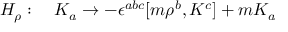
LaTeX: { \cal H } _ { \rho } : \quad K _ { a } \to - \epsilon ^ { a b c } [ m { \rho } ^ { b } , K ^ { c } ] + m K _ { a }